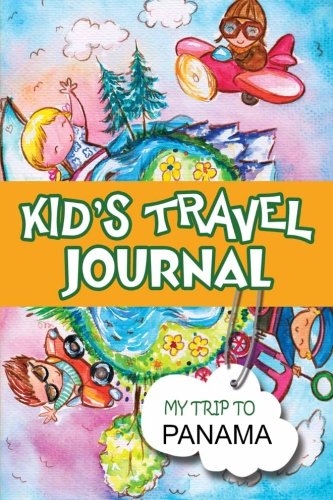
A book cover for Kids Travel Journal: My Trip to Panama; Bluebird Books; Travel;